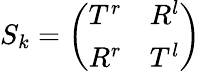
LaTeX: S_{k}=\left(\begin{array}{ll}{{T^{r}}}&{{R^{l}}}\\ {{R^{r}}}&{{T^{l}}}\end{array}\right)